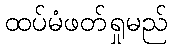
ထပ်မံဖတ်ရှုမည်